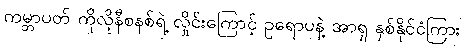
ကမ္ဘာပတ် ကိုလိုနီစနစ်ရဲ့ လှိုင်းကြောင့် ဥရောပနဲ့ အာရှ နှစ်နိုင်ငံကြား